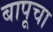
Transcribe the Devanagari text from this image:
बापूचा